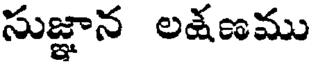
సుజ్ఞాన లక్షణము